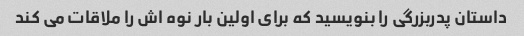
داستان پدربزرگی را بنویسید که برای اولین بار نوه اش را ملاقات می کند